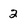
Character: 2